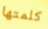
كلمتها